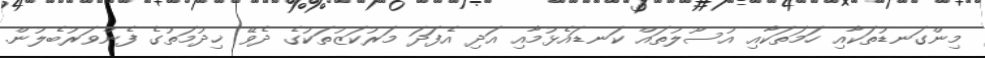
މިންގަނޑުތަކާއި ހަމަތަކާއި އުސޫލުތައް ކަނޑައެޅުމާއި އަދި އެފަދަ މަރުކަޒުތަކުގެ ދެވޭ ޚިދުމަތުގެ ފެންވަރުބެލުން.